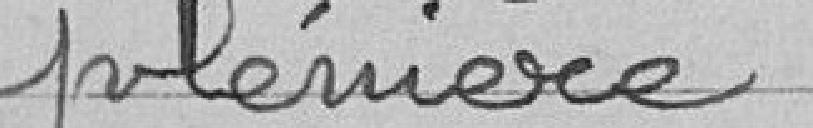
plénière.